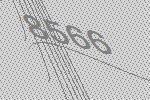
8566